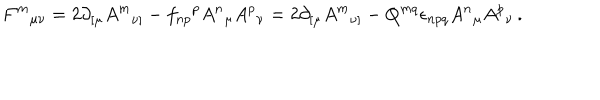
F ^ { m } { } _ { \mu \nu } = 2 \partial _ { [ \mu } A ^ { m } { } _ { \nu ] } - f _ { n p } { } ^ { p } A ^ { n } { } _ { \mu } A ^ { p } { } _ { \nu } = 2 \partial _ { [ \mu } A ^ { m } { } _ { \nu ] } - Q ^ { m q } \epsilon _ { n p q } A ^ { n } { } _ { \mu } A ^ { p } { } _ { \nu } \, .